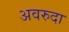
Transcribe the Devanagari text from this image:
अवरुदा